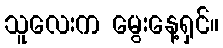
သူလေးက မွေးနေ့ရှင်။